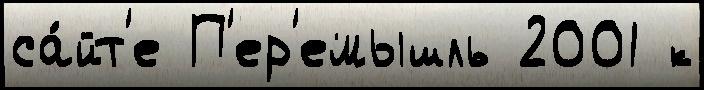
са́йт'е П'ер'емышль 2001 к